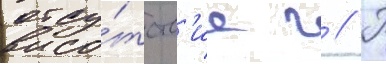
отсу́тств'ие г // П